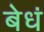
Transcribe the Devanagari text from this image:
बेधं